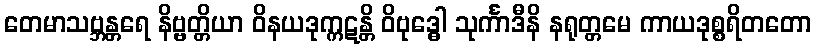
တေမာသဗ္ဘန္တရေ နိဗ္ဗတ္တိယာ ဝိနယဒုက္ကဋန္တိ ဝိဗုဒ္ဓေါ သုင်္ကာဒီနိ နရုတ္တမေ ကာယဒုစ္စရိတတော